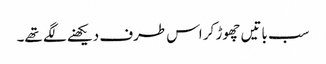
سب باتیں چھوڑ کر اس طرف دیکھنے لگے تھے۔